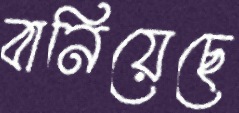
বানিয়েছে